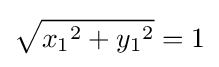
{\sqrt {{x_{1}}^{2}+{y_{1}}^{2}}}=1